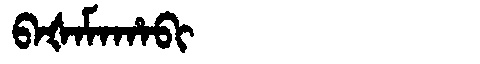
Manchu: ᠪᠠᡧᠠᠮᠠᡥᠠᠪᡳ
Romanization: BAŠAMAHABI